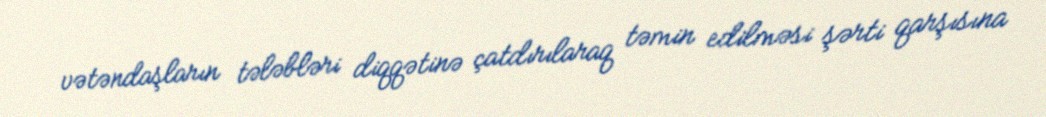
vətəndaşların tələbləri diqqətinə çatdırılaraq təmin edilməsi şərti qarşısına